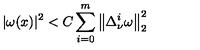
| \omega ( x ) | ^ { 2 } < C \sum _ { i = 0 } ^ { m } \left\| \Delta _ { \nu } ^ { i } \omega \right\| _ { 2 } ^ { 2 }